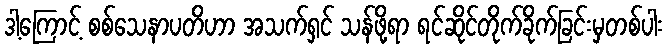
ဒါ့ကြောင့် စစ်သေနာပတိဟာ အသက်ရှင် သန်ဖို့ရာ ရင်ဆိုင်တိုက်ခိုက်ခြင်းမှတစ်ပါး